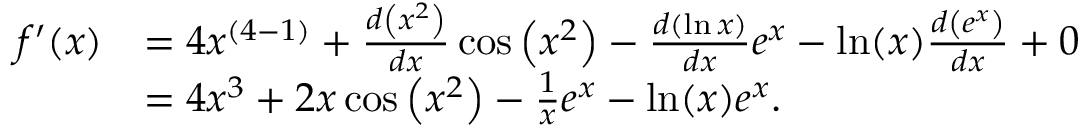
{ \begin{array} { r l } { f ^ { \prime } ( x ) } & { = 4 x ^ { ( 4 - 1 ) } + { \frac { d \left( x ^ { 2 } \right) } { d x } } \cos \left( x ^ { 2 } \right) - { \frac { d \left( \ln { x } \right) } { d x } } e ^ { x } - \ln ( x ) { \frac { d \left( e ^ { x } \right) } { d x } } + 0 } \\ & { = 4 x ^ { 3 } + 2 x \cos \left( x ^ { 2 } \right) - { \frac { 1 } { x } } e ^ { x } - \ln ( x ) e ^ { x } . } \end{array} }